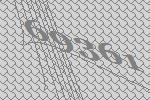
69361